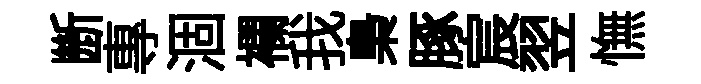
㫁專涸襴我梟䐁宸翌憮